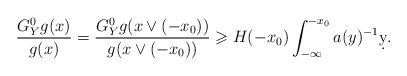
LaTeX: \begin{align*}\frac{G_Y^{0}g(x)}{g(x)}=\frac{G_Y^{0}g(x\vee (-x_0))}{g(x\vee (-x_0))}\geqslant H(-x_0)\int_{-\infty}^{-x_0}a(y)^{-1} \d y.\end{align*}